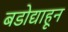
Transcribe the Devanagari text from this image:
बडोद्याहून